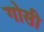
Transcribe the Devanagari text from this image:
गोसी